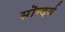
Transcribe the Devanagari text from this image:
सॊन्दर्य